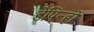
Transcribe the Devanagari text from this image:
डेपिन्हो